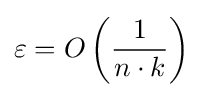
\varepsilon =O\left({\frac {1}{n\cdot k}}\right)